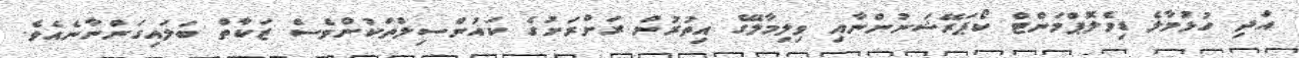
އަދި ހުޅުމާލެ ޑިވެލޮޕްމަންޓް ކޯޕަރޭޝަނުންނާއި ވިލިމާލޭގެ އިތުރުން ރަށްރަށުގެ ކައުންސިލްތަކުންވެސް ޒަކާތް ބަލައިގަންނާނެއެވެ.